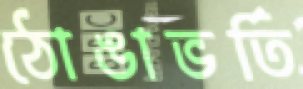
ঠোঙাভর্তি